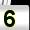
Digit: 5